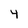
Character: 4